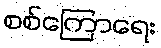
စစ်ကြောရေး